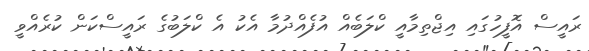
ރައީސް އޮފީހުގައި އިޖްތިމާއީ ކްލަބެއް އުފެއްދުމާ އެކު އެ ކްލަބުގެ ރައީސްކަން ކުރެއްވީ